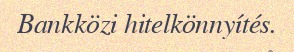
Bankközi hitelkönnyítés.